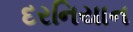
દરનિયાન